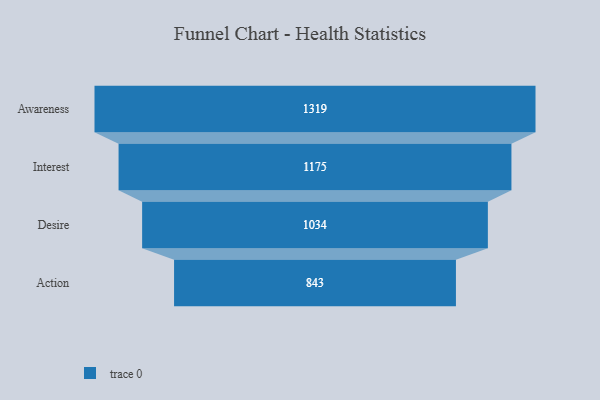
{"axis": {"x": "Stage", "y": "Value"}, "legend": [""], "data": [{"x": "Awareness", "y": 1319.0, "type": ""}, {"x": "Interest", "y": 1175.0, "type": ""}, {"x": "Desire", "y": 1034.0, "type": ""}, {"x": "Action", "y": 843.0, "type": ""}]}